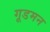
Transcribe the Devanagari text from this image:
गूडमन